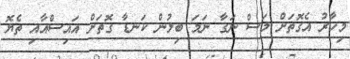
މިހާރު އެގޮތަށް މަސް ނަގާ ނަމަ ބިލުން ކަނޑާ ގޮތަށް އައިސްއާއި ތެޔޮ